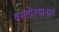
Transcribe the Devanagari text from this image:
वसतीस्थानाचे